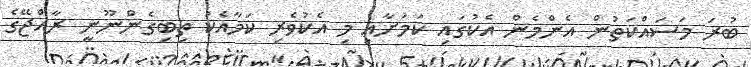
ބުރަ މަސައްކަތުން އެންމެން އެކުގައި ކަމަށާއި މި އެކުވެރި ކަމާއެކު ތިބިގެންނޫނީ ރާއްޖޭގެ